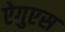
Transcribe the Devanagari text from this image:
ऐगुएस